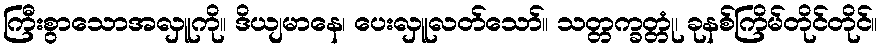
ကြီးစွာသောအလှူကို။ ဒိယျမာနေ၊ ပေးလှူလတ်သော်။ သတ္တက္ခတ္တုံ၊ ခုနစ်ကြိမ်တိုင်တိုင်။